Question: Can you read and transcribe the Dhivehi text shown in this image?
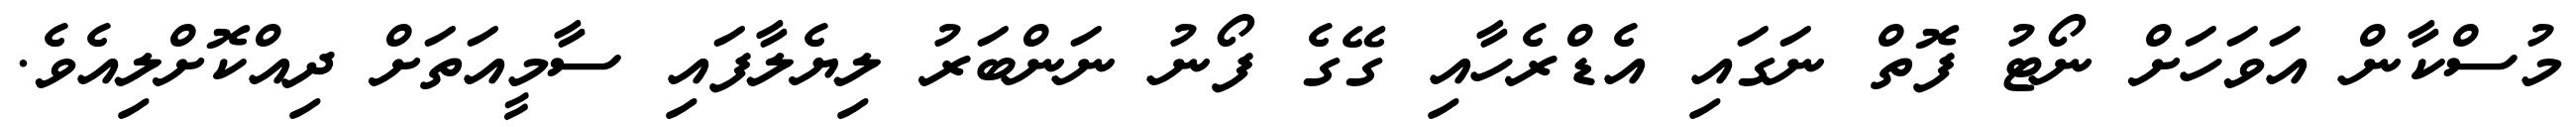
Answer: މުސްކާން އަވަހަށް ނޯޓު ފޮތް ނަގައި އެޑްރެހާއި ގޭގެ ފޯނު ނަންބަރު ލިޔެލާފައި ސާމީއަތަށް ދިއްކޮށްލިއެވެ.